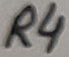
Text: R4